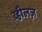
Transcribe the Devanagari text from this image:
व्हीलज़